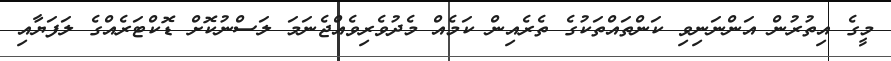
މީގެ އިތުރުން އަންނަނިވި ކަންތައްތަކުގެ ތެރެއިން ކަމެއް މެދުވެރިވެއްޖެނަމަ ލަސްނުކޮށް ޑޮކްޓަރެއްގެ ލަފަޔާއި